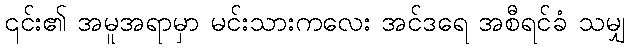
၎င်း၏ အမူအရာမှာ မင်းသားကလေး အင်ဒရေ အစီရင်ခံ သမျှ